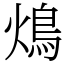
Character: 䲴